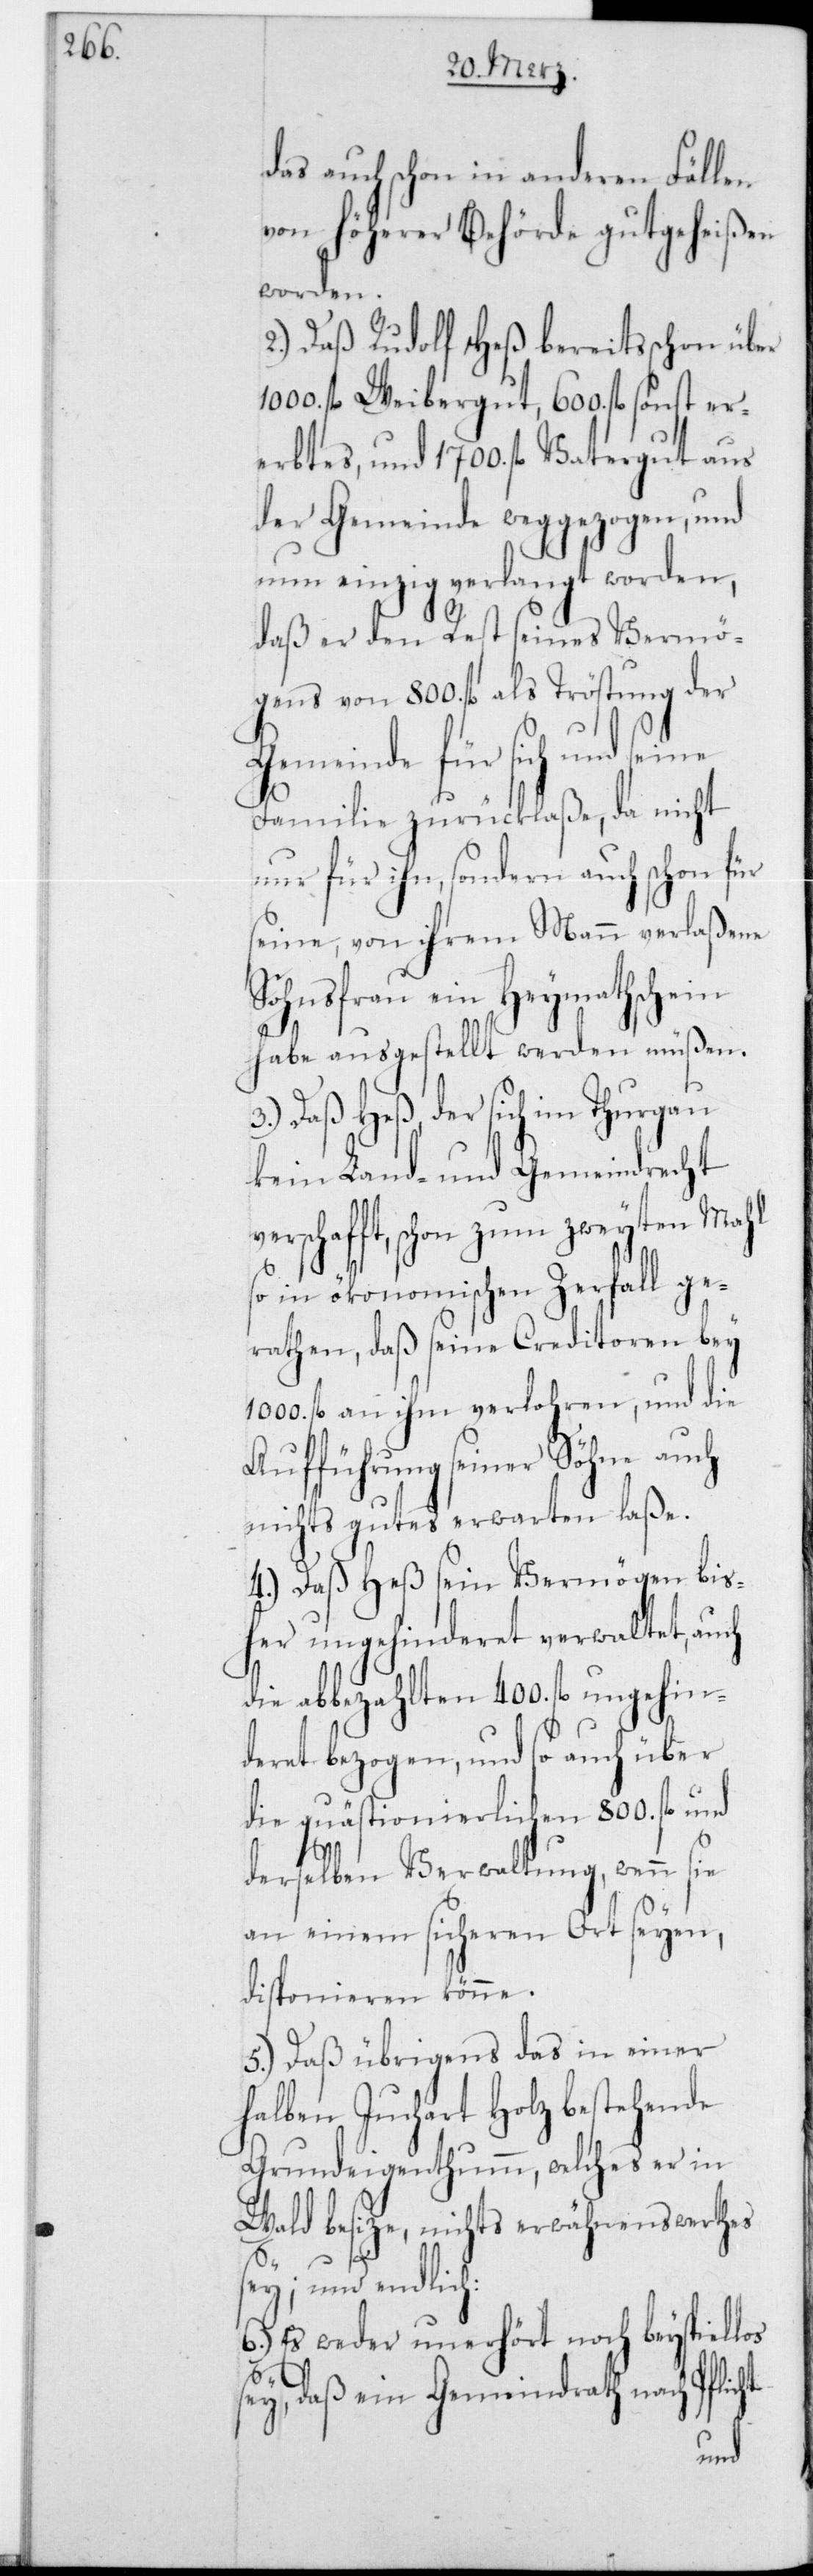
das auch schon in anderen Fällen
von Höherer Behörde gutgeheißen
worden.
2.) Daß Rudolf Heß bereits schon über
1000 fl. Weibergut, 600 fl. sonst er¬
erbtes, und 1700 fl. Vatergut aus
der Gemeinde weggezogen, und
nun einzig verlangt worden,
daß er den Rest seines Vermö¬
gens von 800 fl. als Tröstung der
Gemeinde für sich und se¬
Familie zurücklaße, da nicht
nur für ihn, sondern auch schon für
seine, von ihrem Mann verlaßene
Sohnsfrau ein Heymathschein
habe ausgestellt werden müßen.
Daß Heß, der sich im Thurgau
kein Land- und Gemeindrecht
schafft, schon zum zweyten Mahl
so in ökonomischen Zerfall ge¬
rathen, daß seine Creditoren bey
1000 fl. an ihm verlohren, und die
Aufführung seiner Söhne auch
nichts gutes erwarten laße.
4.) Daß Heß sein Vermögen bis¬
her ungehinderet verwaltet, auch
die abbezahlten 400 fl. ungehin¬
deret bezogen, und so auch über
die quästionierlichen 800 fl. und
3.)
derselben Verwaltung, wenn sie
an einem sicheren Ort seyen,
disponieren könne.
5.) Daß übrigens das in einer
halben Juchart Holz bestehende
Grundeigenthum, welches er in
Wald besize, nichts erwähnenswerthes
ver¬
sey, und endlich:
6.) Es weder unerhört noch beyspiellos
sey, daß ein Gemeindrath nach Pflicht
ine